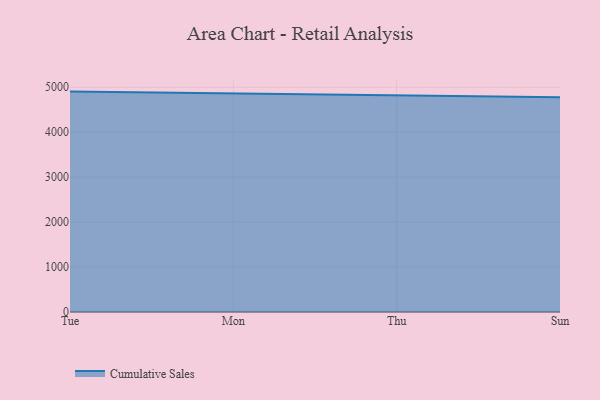
{"axis": {"x": "Day", "y": "Latency (ms)"}, "legend": ["Cumulative Sales"], "data": [{"x": "Tue", "y": 4903.7, "type": "Cumulative Sales"}, {"x": "Mon", "y": 4862.0, "type": "Cumulative Sales"}, {"x": "Thu", "y": 4822.8, "type": "Cumulative Sales"}, {"x": "Sun", "y": 4777.8, "type": "Cumulative Sales"}]}